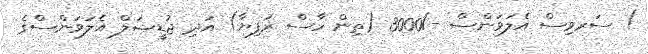
) ސަރވިސް އެލަވަންސް -/3000 (ތިން ހާސް ރުފިޔާ) އަދި ޖުޑީޝަލް އެލަވަންސްގެ